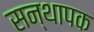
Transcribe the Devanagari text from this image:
सन्थापक